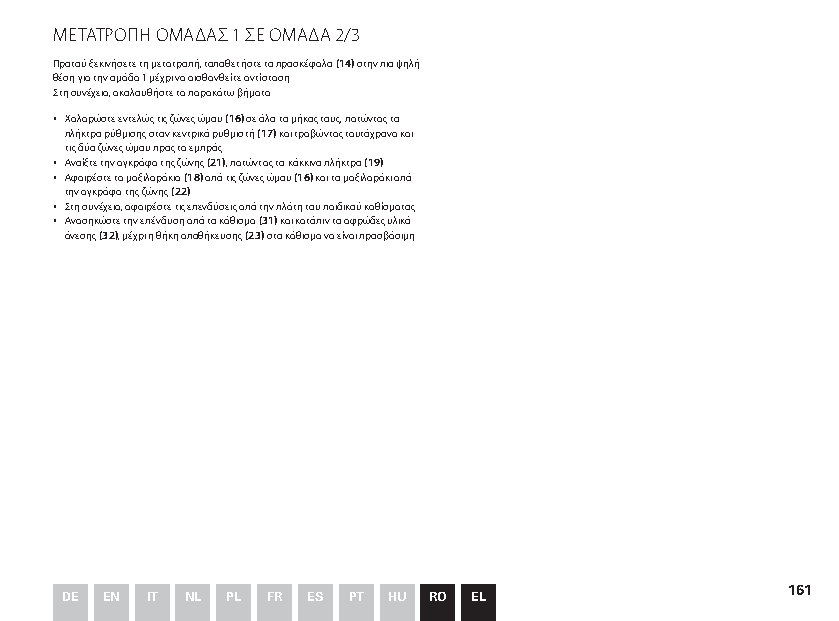
ΜΕΤΆΤΡΟΠΗ ΟΜΆΔΆΣ 1 ΣΕ ΟΜΆΔΆ 2/3
 Προτού ξεκινήσετε τη μετατροπή, τοποθετήστε το προσκέφαλο (14) στην πιο ψηλή
 θέση για την ομάδα 1 μέχρι να αισθανθείτε αντίσταση.
 Στη συνέχεια, ακολουθήστε τα παρακάτω βήματα:
 ▪ Χαλαρώστε εντελώς τις ζώνες ώμου (16) σε όλο το μήκος τους, πατώντας το
 πλήκτρο ρύθμισης στον κεντρικό ρυθμιστή (17) και τραβώντας ταυτόχρονα και
 τις δύο ζώνες ώμου προς τα εμπρός.
 ▪ Άνοίξτε την αγκράφα της ζώνης (21), πατώντας το κόκκινο πλήκτρο (19).
 ▪ Άφαιρέστε τα μαξιλαράκια (18) από τις ζώνες ώμου (16) και το μαξιλαράκι από
 την αγκράφα της ζώνης (22).
 ▪ Στη συνέχεια, αφαιρέστε τις επενδύσεις από την πλάτη του παιδικού καθίσματος.
 ▪ Άνασηκώστε την επένδυση από το κάθισμα (31) και κατόπιν το αφρώδες υλικό
 άνεσης (32), μέχρι η θήκη αποθήκευσης (23) στο κάθισμα να είναι προσβάσιμη.
 161
 DE EN IT NL PL FR ES PT HU RO EL